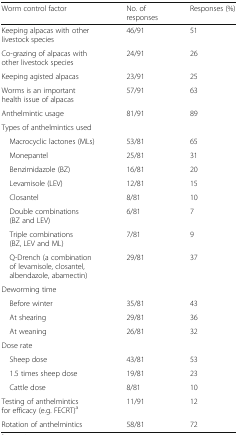
<table><thead><tr><td><b>Worm control factor</b></td><td><b>No. of responses</b></td><td><b>Responses (%)</b></td></tr></thead><tbody><tr><td>Keeping alpacas with other livestock species</td><td>46/91</td><td>51</td></tr><tr><td>Co-grazing of alpacas with other livestock species</td><td>24/91</td><td>26</td></tr><tr><td>Keeping agisted alpacas</td><td>23/91</td><td>25</td></tr><tr><td>Worms is an important health issue of alpacas</td><td>57/91</td><td>63</td></tr><tr><td>Anthelmintic usage</td><td>81/91</td><td>89</td></tr><tr><td colspan="3">Types of anthelmintics used</td></tr><tr><td> Macrocyclic lactones (MLs)</td><td>53/81</td><td>65</td></tr><tr><td> Monepantel</td><td>25/81</td><td>31</td></tr><tr><td> Benzimidazole (BZ)</td><td>16/81</td><td>20</td></tr><tr><td> Levamisole (LEV)</td><td>12/81</td><td>15</td></tr><tr><td> Closantel</td><td>8/81</td><td>10</td></tr><tr><td> Double combinations (BZ and LEV)</td><td>6/81</td><td>7</td></tr><tr><td> Triple combinations (BZ, LEV and ML)</td><td>7/81</td><td>9</td></tr><tr><td> Q-Drench (a combination of levamisole, closantel, albendazole, abamectin)</td><td>29/81</td><td>37</td></tr><tr><td colspan="3">Deworming time</td></tr><tr><td> Before winter</td><td>35/81</td><td>43</td></tr><tr><td> At shearing</td><td>29/81</td><td>36</td></tr><tr><td> At weaning</td><td>26/81</td><td>32</td></tr><tr><td colspan="3">Dose rate</td></tr><tr><td> Sheep dose</td><td>43/81</td><td>53</td></tr><tr><td> 1.5 times sheep dose</td><td>19/81</td><td>23</td></tr><tr><td> Cattle dose</td><td>8/81</td><td>10</td></tr><tr><td>Testing of anthelmintics for efficacy (e.g. FECRT)<sup>a</sup></td><td>11/91</td><td>12</td></tr><tr><td>Rotation of anthelmintics</td><td>58/81</td><td>72</td></tr></tbody></table>